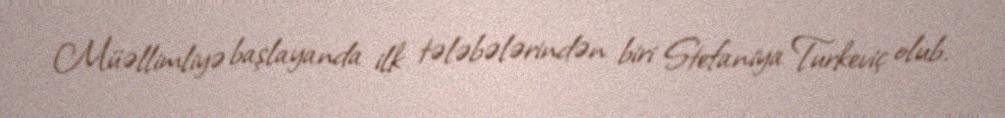
Müəllimliyə başlayanda ilk tələbələrindən biri Stefaniya Turkeviç olub.